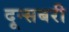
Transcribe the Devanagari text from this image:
दून्सबरी